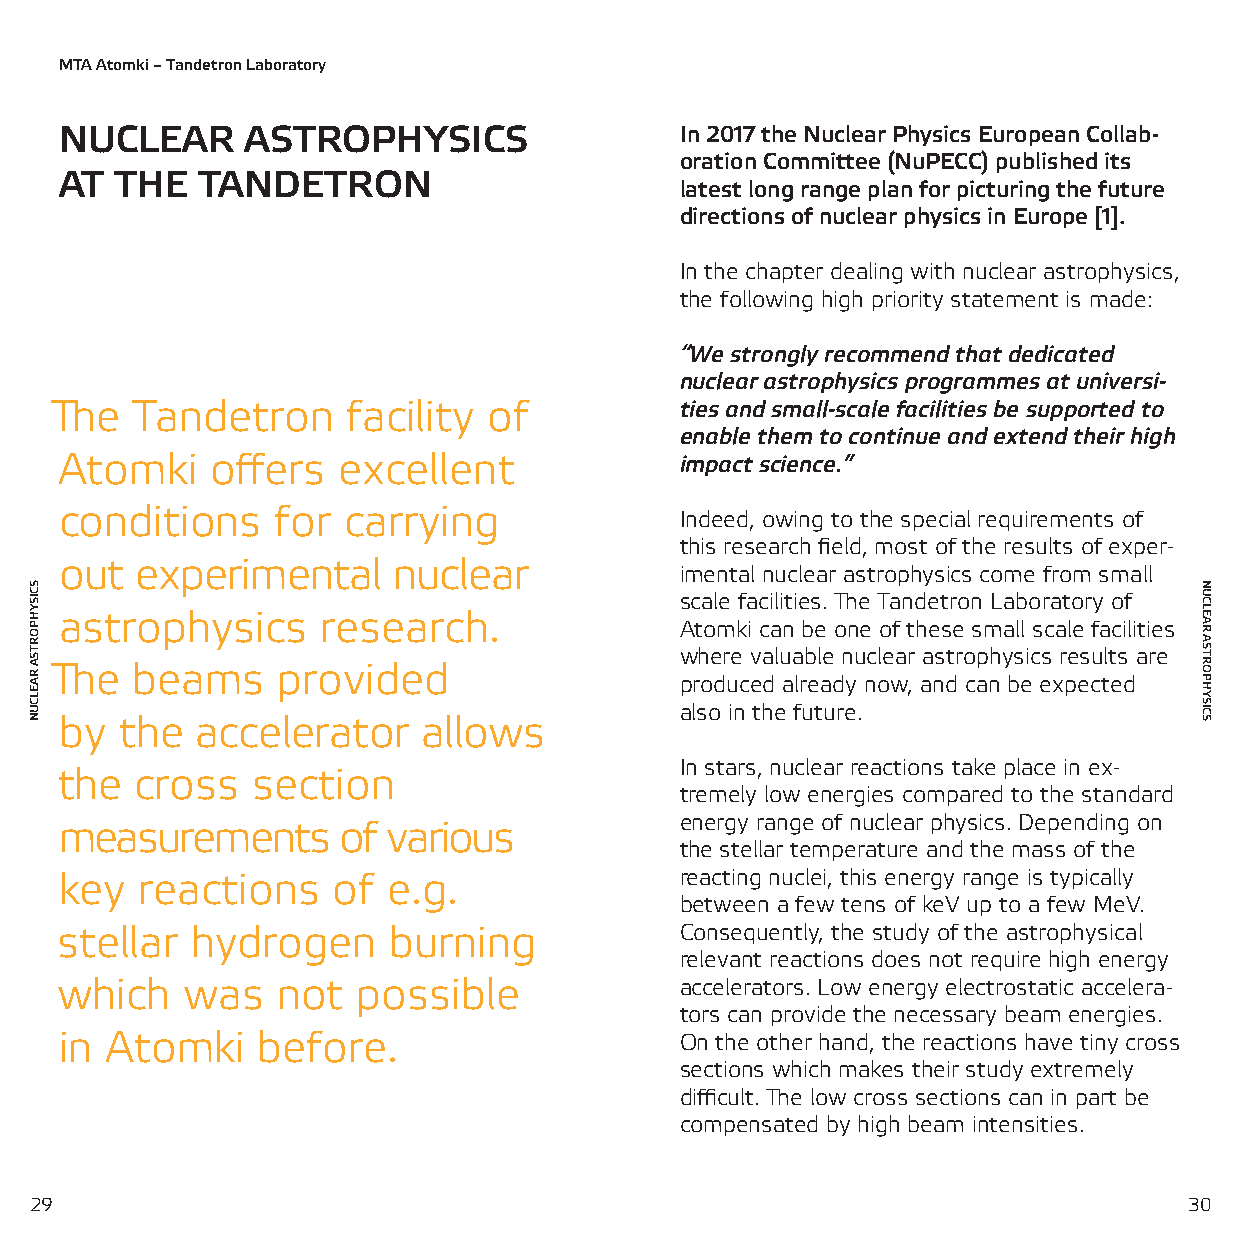
MTA Atomki – Tandetron Laboratory
 NUCLEAR     ASTROPHYSICS                 In 2017 the Nuclear Physics European Collab-
 oration Committee (NuPECC) published its
 AT  THE  TANDETRON
 latest long range plan for picturing the future
 directions of nuclear physics in Europe [1].
 In the chapter dealing with nuclear astrophysics,
 the following high priority statement is made:
 “We strongly recommend that dedicated
 nuclear astrophysics programmes at universi-
 The   Tandetron     facility of           ties and small-scale facilities be supported to
 enable them to continue and extend their high
 Atomki    offers  excellent              impact science.”
 conditions    for  carrying              Indeed, owing to the special requirements of
 this research field, most of the results of exper-
 out  experimental     nuclear
 imental nuclear astrophysics come from small
 scale facilities. The Tandetron Laboratory of
 astrophysics     research.
 Atomki can be one of these small scale facilities
 where valuable nuclear astrophysics results are
 The   beams    provided
 produced already now, and can be expected
 also in the future.
 by  the  accelerator    allows
 In stars, nuclear reactions take place in ex-
 the  cross   section
 tremely low energies compared to the standard
 energy range of nuclear physics. Depending on
 measurements      of  various
 the stellar temperature and the mass of the
 key  reactions    of  e.g.               reacting nuclei, this energy range is typically
 between a few tens of keV up to a few MeV.
 stellar  hydrogen     burning            Consequently, the study of the astrophysical
 relevant reactions does not require high energy
 which   was   not   possible             accelerators. Low energy electrostatic accelera-
 tors can provide the necessary beam energies.
 in Atomki    before.                     On the other hand, the reactions have tiny cross
 sections which makes their study extremely
 difficult. The low cross sections can in part be
 compensated by high beam intensities.
 2299                                                                         30
 SCISYHPORTSA
 RAELCUN
 NUCLEAR
 ASTROPHYSICS